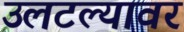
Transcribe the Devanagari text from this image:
उलटल्यावर